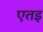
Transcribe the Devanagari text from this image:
एतइ